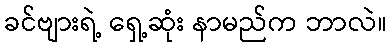
ခင်ဗျားရဲ့ ရှေ့ဆုံး နာမည်က ဘာလဲ။